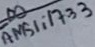
Text: AMS1117-3,3